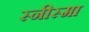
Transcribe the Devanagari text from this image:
स्नीस्मा